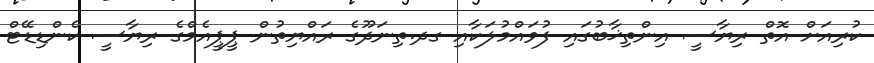
ކުރިއަށް އޮތް ރިޔާސީ އިންތިޚާބުގައި ފުވައްމުލަކާއި ގދ.ތިނަދޫގެ ރައްޔިތުން ޕީޕީއެމްގެ ރިޔާސީ ކެންޑިޑޭޓް